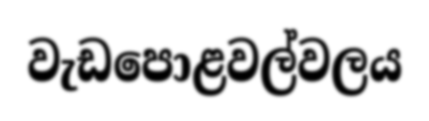
වැඩපොළවල්වලය